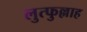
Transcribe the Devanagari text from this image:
लुत्फुल्लाह